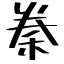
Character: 䅈